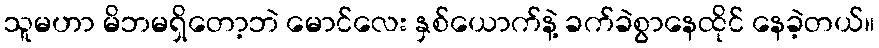
သူမဟာ မိဘမရှိတော့ဘဲ မောင်လေး နှစ်ယောက်နဲ့ ခက်ခဲစွာနေထိုင် နေခဲ့တယ်။